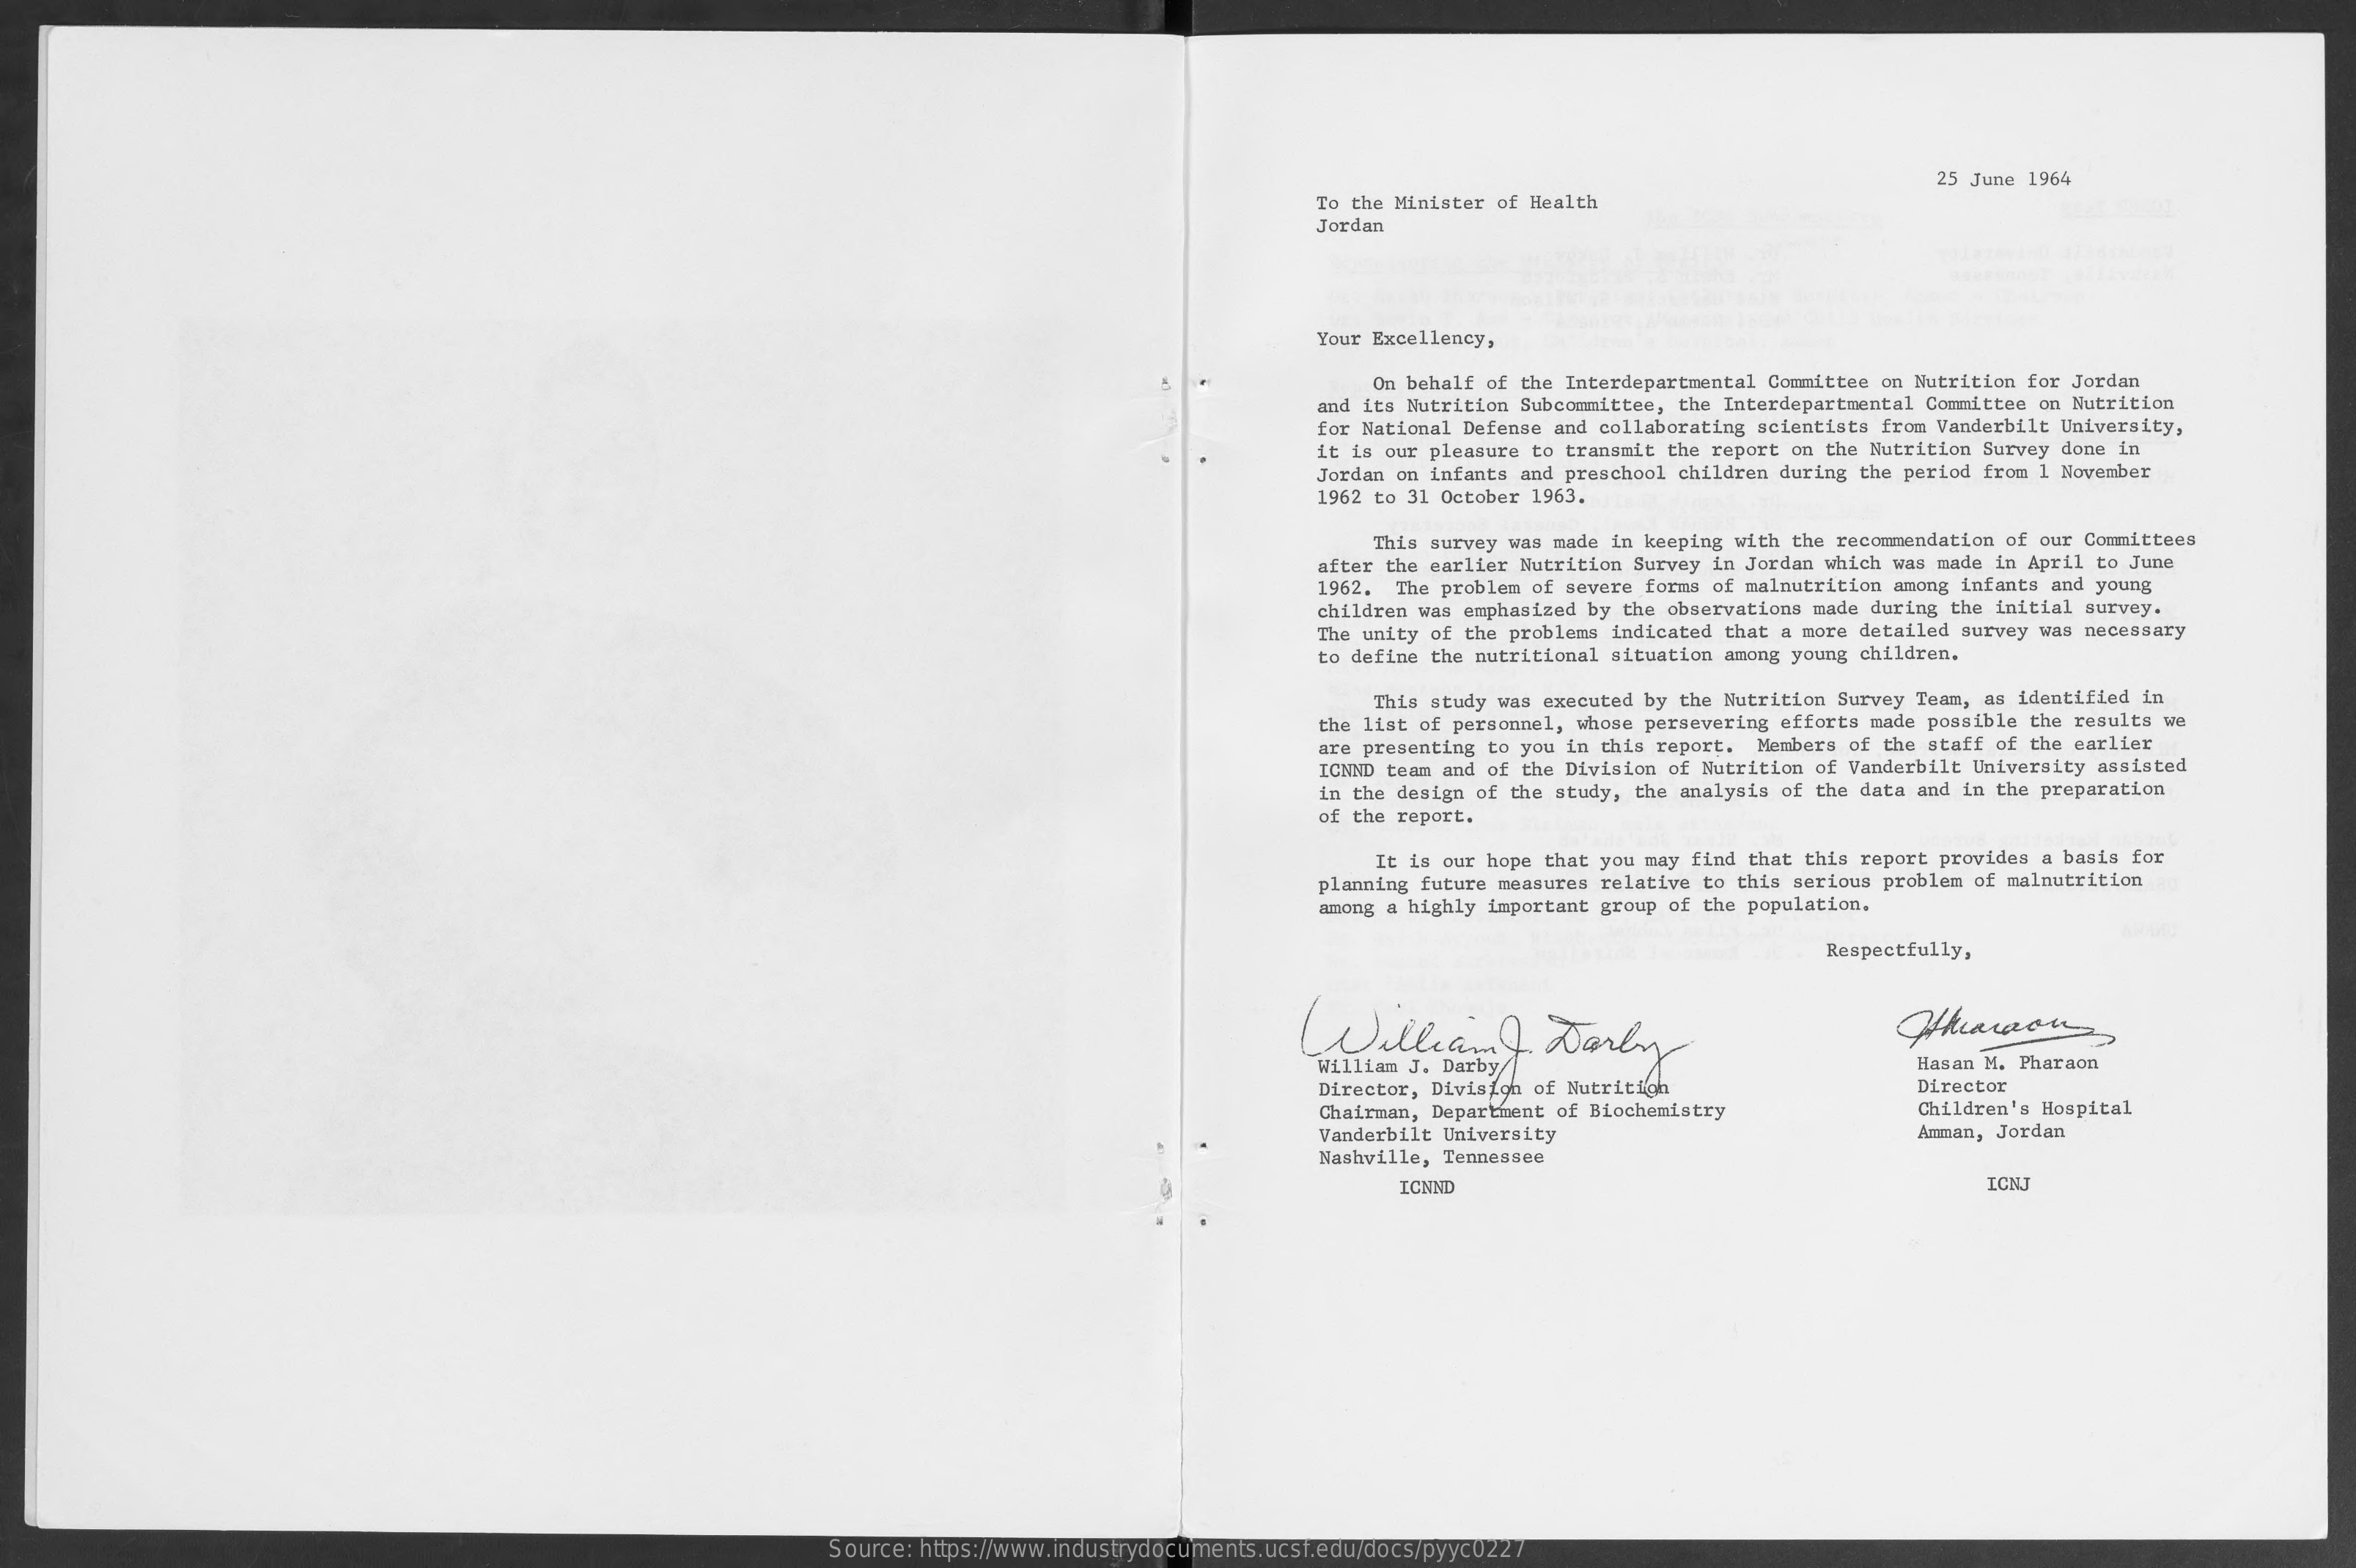
25 June 1964
     To the Minister of Health
     Jordan
     Your Excellency,
     On behalf of the Interdepartmental Committee on Nutrition for Jordan
     and its Nutrition Subcommittee, the Interdepartmental Committee on Nutrition
     for National Defense and collaborating scientists from Vanderbilt University,
     it is our pleasure to transmit the report on the Nutrition Survey done in
     Jordan on infants and preschool children during the period from 1 November
     1962 to 31 October 1963.
     This survey was made in keeping with the recommendation of our Committees
     after the earlier Nutrition Survey in Jordan which was made in April to June
     1962. The problem of severe forms of malnutrition among infants and young
     children was emphasized by the observations made during the initial survey.
     The unity of the problems indicated that a more detailed survey was necessary
     to define the nutritional situation among young children.
     This study was executed by the Nutrition Survey Team, as identified in
     the list of personnel, whose persevering efforts made possible the results we
     are presenting to you in this report. Members of the staff of the earlier
     ICNND team and of the Division of Nutrition of Vanderbilt University assisted
     of the report.
     in the design of the study, the analysis of the data and in the preparation
     It is our hope that you may find that this report provides a basis for
     planning future measures relative to this serious problem of malnutrition
     among a highly important group of the population.
     Respectfully,
     ( Williams    )  Darly
     Hasan M. Pharaon
     Director, Divisigh of Nutritigh    Director
     Chairman, Department of Biochemistry    Children's Hospital
     Vanderbilt University    Amman, Jordan
     Nashville, Tennessee
     ICNND    ICNJ
     Source: https://www.industrydocuments.ucsf.edu/docs/pyyc0227